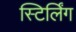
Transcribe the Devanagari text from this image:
स्टिर्लिंग